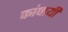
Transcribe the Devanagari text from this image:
कांपायी